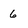
Character: 6